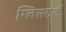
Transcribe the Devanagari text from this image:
ग्लिसरालॅ